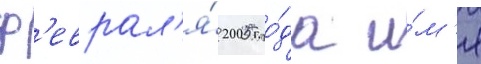
ф'еврал'я́ 2005 го́да и́м'я